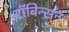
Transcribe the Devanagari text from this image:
रॉबिन्सन